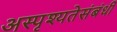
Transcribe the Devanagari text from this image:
अस्पृश्यतेसंबंधी